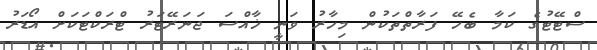
ސްޓޭޓުގެ ކަމާ ބެހޭ ފަރާތްތަކުން މިހާރު ވަނީ ޚާއްސަ ޖަނަރޭޓަރު ޓްރަކްޓަކަށް އޯޑަރު